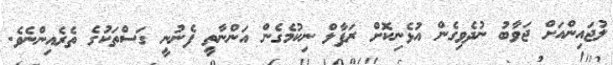
ލުޖައިންއަށް ޖަވާބު ނުދެވިގެން އުޅެނިކޮށް ރަފާލް ނިކުމެގެން އަންނާތީ ފެނުނީ ގަސްތަކުގެ ތެރެއިންނެވެ.